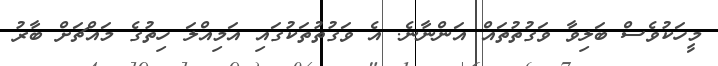
މީހަކުވެސް ބަލިވާ ވަގުތުތައް އަންނާނެ. އެ ވަގުތުތަކުގައި އަމިއްލަ ހިތުގެ މައްޗަށް ބާރު